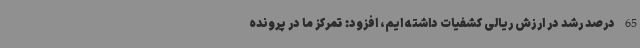
65 درصد رشد در ارزش ریالی کشفیات داشته ایم، افزود: تمرکز ما در پرونده